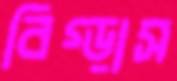
বিগ্‌ড়াস